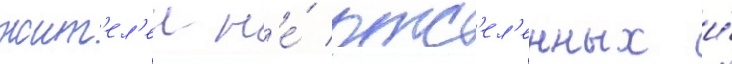
жит'ел'еи н'е́ отс'ел'енных и́